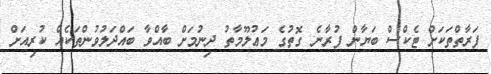
ފަރާތްތަކަށް ޓެކްސް ބަޔާން ފުރާނެ ގޮތުގެ މަޢުލޫމާތު ދިނުމަށް ބާއްވާ ބައްދަލުވުންތަކެއް ކުރިއަށް